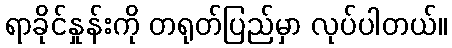
ရာခိုင်နှုန်းကို တရုတ်ပြည်မှာ လုပ်ပါတယ်။